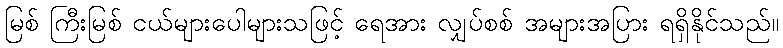
မြစ် ကြီးမြစ် ငယ်များပေါများသဖြင့် ရေအား လျှပ်စစ် အများအပြား ရရှိနိုင်သည်။